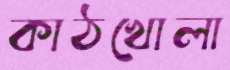
কাঠখোলা